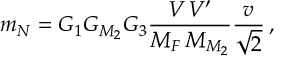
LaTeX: m _ { N } = G _ { 1 } G _ { { \cal M } _ { 2 } } G _ { 3 } \frac { V \, V ^ { \prime } } { M _ { F } \, M _ { { \cal M } _ { 2 } } } \frac { v } { \sqrt { 2 } } \, ,